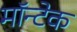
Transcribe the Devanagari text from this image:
मॉन्टेक